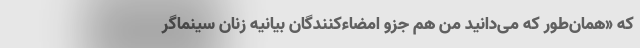
که «همان‌طور که می‌دانید من هم جزو امضاءکنندگان بیانیه زنان سینماگر